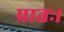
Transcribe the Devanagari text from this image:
प्रातः।